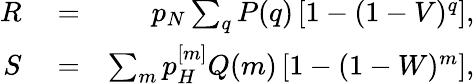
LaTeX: \begin{array}{rlr}{R}&{{}=}&{p_{N}\sum_{q}P(q)\left[1-(1-V)^{q}\right],}\\ {S}&{{}=}&{\sum_{m}p_{H}^{[m]}Q(m)\left[1-(1-W)^{m}\right],}\end{array}